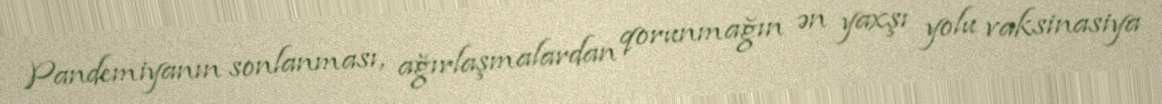
Pandemiyanın sonlanması, ağırlaşmalardan qorunmağın ən yaxşı yolu vaksinasiya